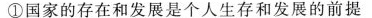
①国家的存在和发展是个人生存和发展的前提